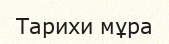
Тарихи мұра